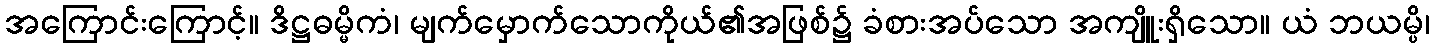
အကြောင်းကြောင့်။ ဒိဋ္ဌဓမ္မိကံ၊ မျက်မှောက်သောကိုယ်၏အဖြစ်၌ ခံစားအပ်သော အကျိူးရှိသော။ ယံ ဘယမ္ပိ၊